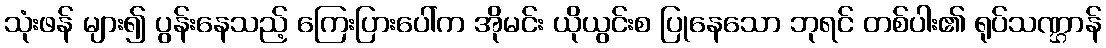
သုံးဖန် များ၍ ပွန်းနေသည့် ကြေးပြားပေါ်က အိုမင်း ယိုယွင်းစ ပြုနေသော ဘုရင် တစ်ပါး၏ ရုပ်သဏ္ဌာန်